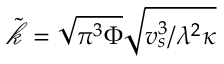
\tilde { \mathcal { k } } = \sqrt { \pi ^ { 3 } \Phi } \sqrt { v _ { s } ^ { 3 } / \lambda ^ { 2 } \kappa }